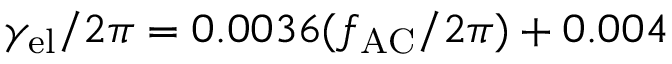
\gamma _ { \mathrm { e l } } / 2 \pi = 0 . 0 0 3 6 ( f _ { \mathrm { A C } } / 2 \pi ) + 0 . 0 0 4